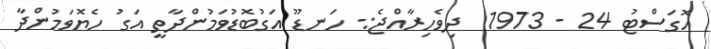
އޮގަސްޓު 24 - 1973  ދިވެހިރާއްޖެ:- ހަނޑޫ އަގުބޮޑުވަމުންދާތީ އަގު ހެޔޮވަމުންދާ